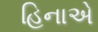
હિનાએ